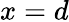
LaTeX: x=d